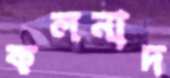
কলনাদ